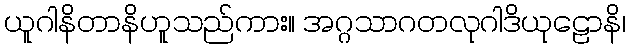
ယူဂါနိတာနိဟူသည်ကား။ အဂ္ဂသာဂတလုဂါဒိယုဠောနိ၊